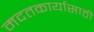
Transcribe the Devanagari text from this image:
मदतकार्यासाठी